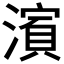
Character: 𱨺